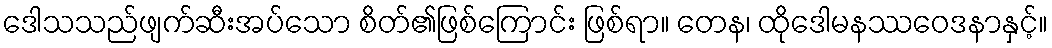
ဒေါသသည်ဖျက်ဆီးအပ်သော စိတ်၏ဖြစ်ကြောင်း ဖြစ်ရာ။ တေန၊ ထိုဒေါမနဿဝေဒနာနှင့်။